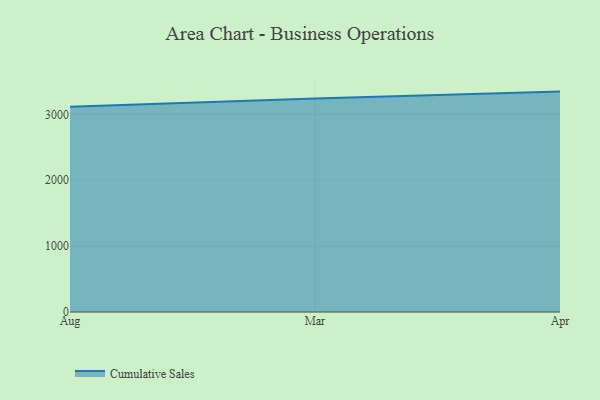
{"axis": {"x": "Month", "y": "Active Users"}, "legend": ["Cumulative Sales"], "data": [{"x": "Aug", "y": 3115.9, "type": "Cumulative Sales"}, {"x": "Mar", "y": 3241.2, "type": "Cumulative Sales"}, {"x": "Apr", "y": 3344.5, "type": "Cumulative Sales"}]}